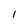
Character: I